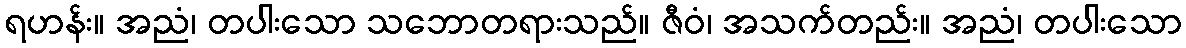
ရဟန်း။ အညံ၊ တပါးသော သဘောတရားသည်။ ဇီဝံ၊ အသက်တည်း။ အညံ၊ တပါးသော